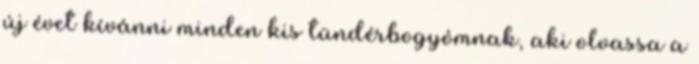
új évet kívánni minden kis tündérbogyómnak, aki olvassa a